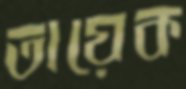
তায়েক